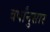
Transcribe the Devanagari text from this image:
वर्षांनुसार